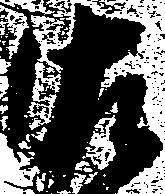
佐